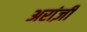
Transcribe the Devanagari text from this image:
अरांज़ी